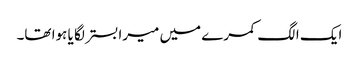
ایک الگ کمرے میں میرا بستر لگا یا ہوا تھا۔